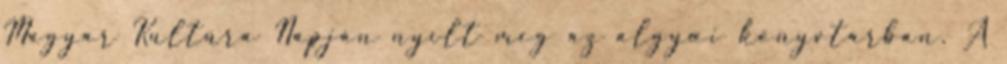
Magyar Kultúra Napján nyílt meg az algyœi könyvtárban. A